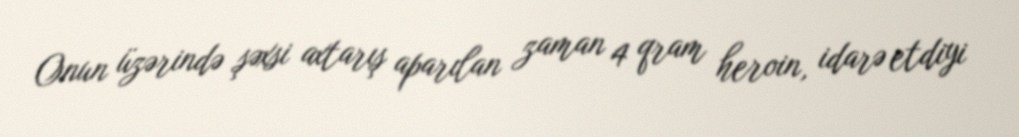
Onun üzərində şəxsi axtarış aparılan zaman 4 qram heroin, idarə etdiyi